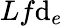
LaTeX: Lf\mathrm{d}_{e}